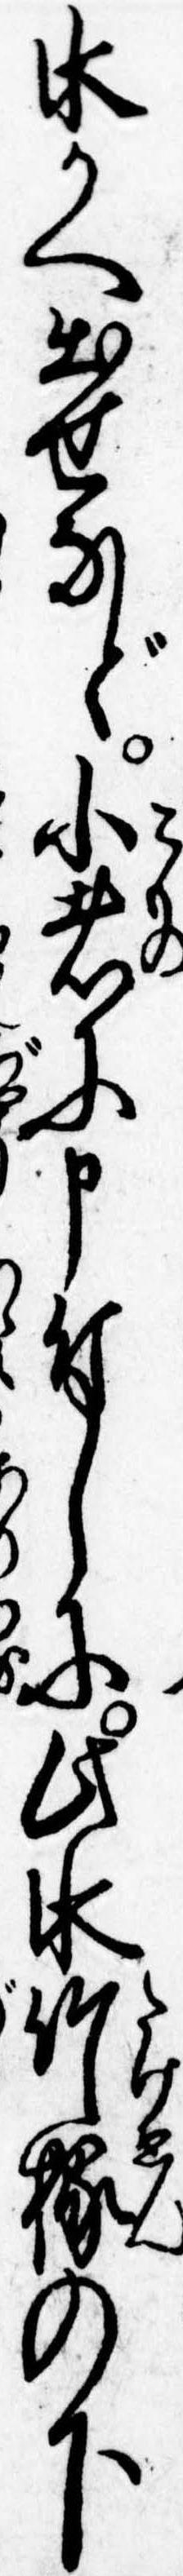
水かへ出せなど小者に申付しに此水竹椽の下